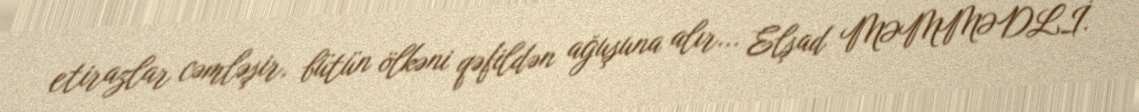
etirazlar cəmləşir, bütün ölkəni qəfildən ağuşuna alır... Elşad MƏMMƏDLİ.